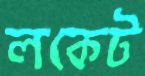
লকেট